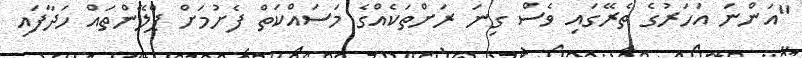
"އަންނަ އަހަރުގެ ތެރޭގައި ވެސް ގިނަ ރަށްތަކެއްގެ މަސައްކަތް ފެށުމަށް ޕްލޭންތައް ހަދާފައި